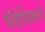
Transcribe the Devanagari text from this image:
पॅसेफिकचे